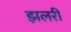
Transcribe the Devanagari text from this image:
झलरी